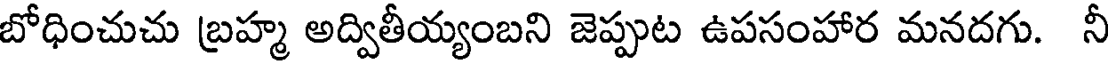
బోధించుచు బ్రహ్మ అద్వితీయ్యంబని జెప్పుట ఉపసంహార మనదగు. నీ